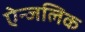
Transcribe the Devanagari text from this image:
ऐन्जलिक